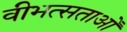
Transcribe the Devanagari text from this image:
वीभत्सताओं